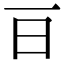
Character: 𣄼